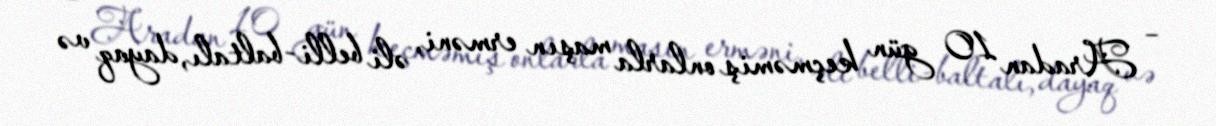
– Aradan 10 gün keçməmiş onlarla maşın erməni, əli belli-baltalı, dayaq və